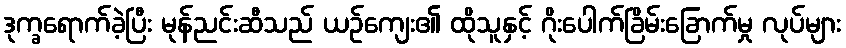
ဒုက္ခရောက်ခဲ့ပြီး မုန်ညင်းဆီသည် ယဉ်ကျေး၏ ထိုသူနှင့် ဂိုးပေါက်ခြိမ်းခြောက်မှု လုပ်များ